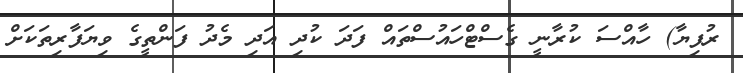
ރުފިޔާ) ހާއްސަ ކުރާނީ ގެސްޓްހައުސްތައް ފަދަ ކުދި އަދި މެދު ފަންތީގެ ވިޔަފާރިތަކަށް